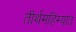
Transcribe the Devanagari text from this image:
तीर्थमहिम्यात